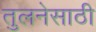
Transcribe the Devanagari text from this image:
तुलनेसाठी